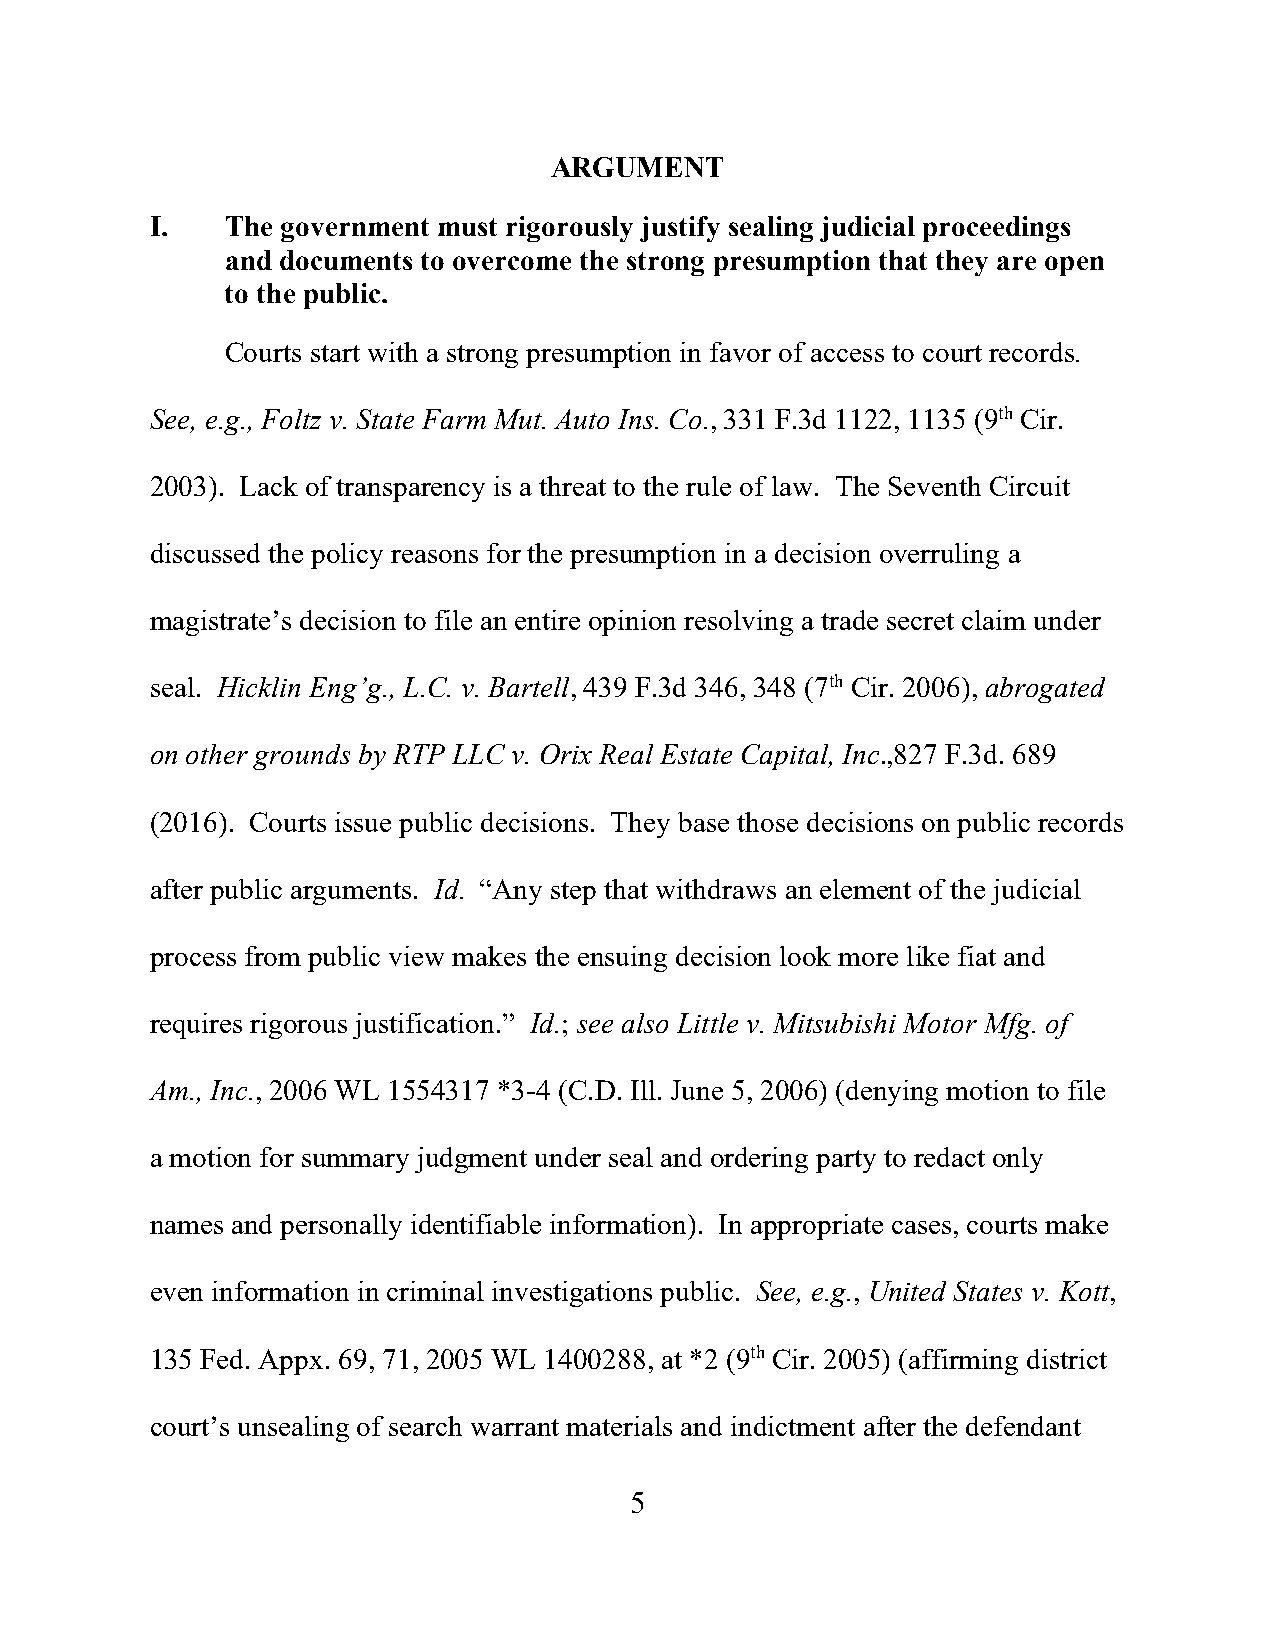
ARGUMENT
 I.   The government must rigorously justify sealing judicial proceedings
 and documents to overcome the strong presumption that they are open
 to the public.
 Courts start with a strong presumption in favor of access to court records.
 See, e.g., Foltz v. State Farm Mut. Auto Ins. Co., 331 F.3d 1122, 1135 (9th Cir.
 2003). Lack of transparency is a threat to the rule of law. The Seventh Circuit
 discussed the policy reasons for the presumption in a decision overruling a
 magistrate’s decision to file an entire opinion resolving a trade secret claim under
 seal. Hicklin Eng’g., L.C. v. Bartell, 439 F.3d 346, 348 (7th Cir. 2006), abrogated
 on other grounds by RTP LLC v. Orix Real Estate Capital, Inc.,827 F.3d. 689
 (2016). Courts issue public decisions. They base those decisions on public records
 after public arguments. Id. “Any step that withdraws an element of the judicial
 process from public view makes the ensuing decision look more like fiat and
 requires rigorous justification.” Id.; see also Little v. Mitsubishi Motor Mfg. of
 Am., Inc., 2006 WL 1554317 *3-4 (C.D. Ill. June 5, 2006) (denying motion to file
 a motion for summary judgment under seal and ordering party to redact only
 names and personally identifiable information). In appropriate cases, courts make
 even information in criminal investigations public. See, e.g., United States v. Kott,
 135 Fed. Appx. 69, 71, 2005 WL 1400288, at *2 (9th Cir. 2005) (affirming district
 court’s unsealing of search warrant materials and indictment after the defendant
 5